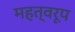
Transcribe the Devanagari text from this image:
महत्वरूप